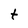
Character: t